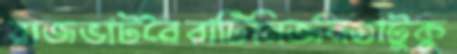
রাজভাটবৈরাটিনির্জনতাটুকু